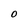
Character: O